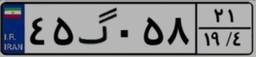
۴۵گ۰۵۸۲۱